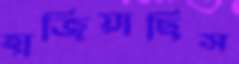
হাজিয়াছিস